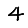
Digit: 4